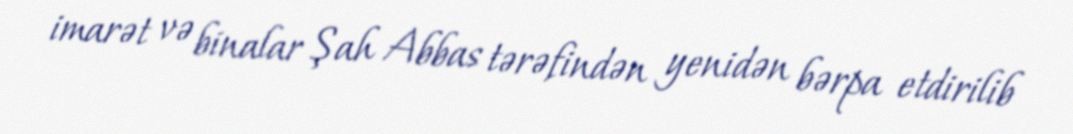
imarət və binalar Şah Abbas tərəfindən yenidən bərpa etdirilib